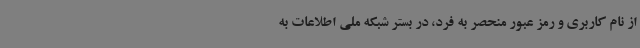
از نام کاربری و رمز عبور منحصر به فرد، در بستر شبکه ملی اطلاعات به